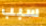
سبب